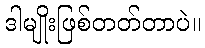
ဒါမျိုးဖြစ်တတ်တာပဲ။